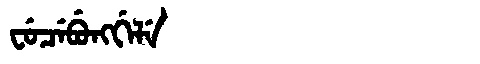
Manchu: ᠸᡠᠴᡝᠪᡠᠩᡤᡝᠯᡝ
Romanization: FUCEBUNGGELE